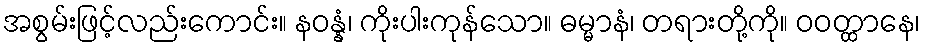
အစွမ်းဖြင့်လည်းကောင်း။ နဝန္နံ၊ ကိုးပါးကုန်သော။ ဓမ္မာနံ၊ တရားတို့ကို။ ဝဝတ္ထာနေ၊